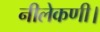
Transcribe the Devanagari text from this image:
नीलेकणी।